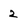
Character: 2